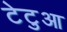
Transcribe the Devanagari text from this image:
टेटुआ